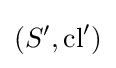
(S',{\text{cl}}')